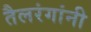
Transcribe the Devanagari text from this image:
तैलरंगांनी